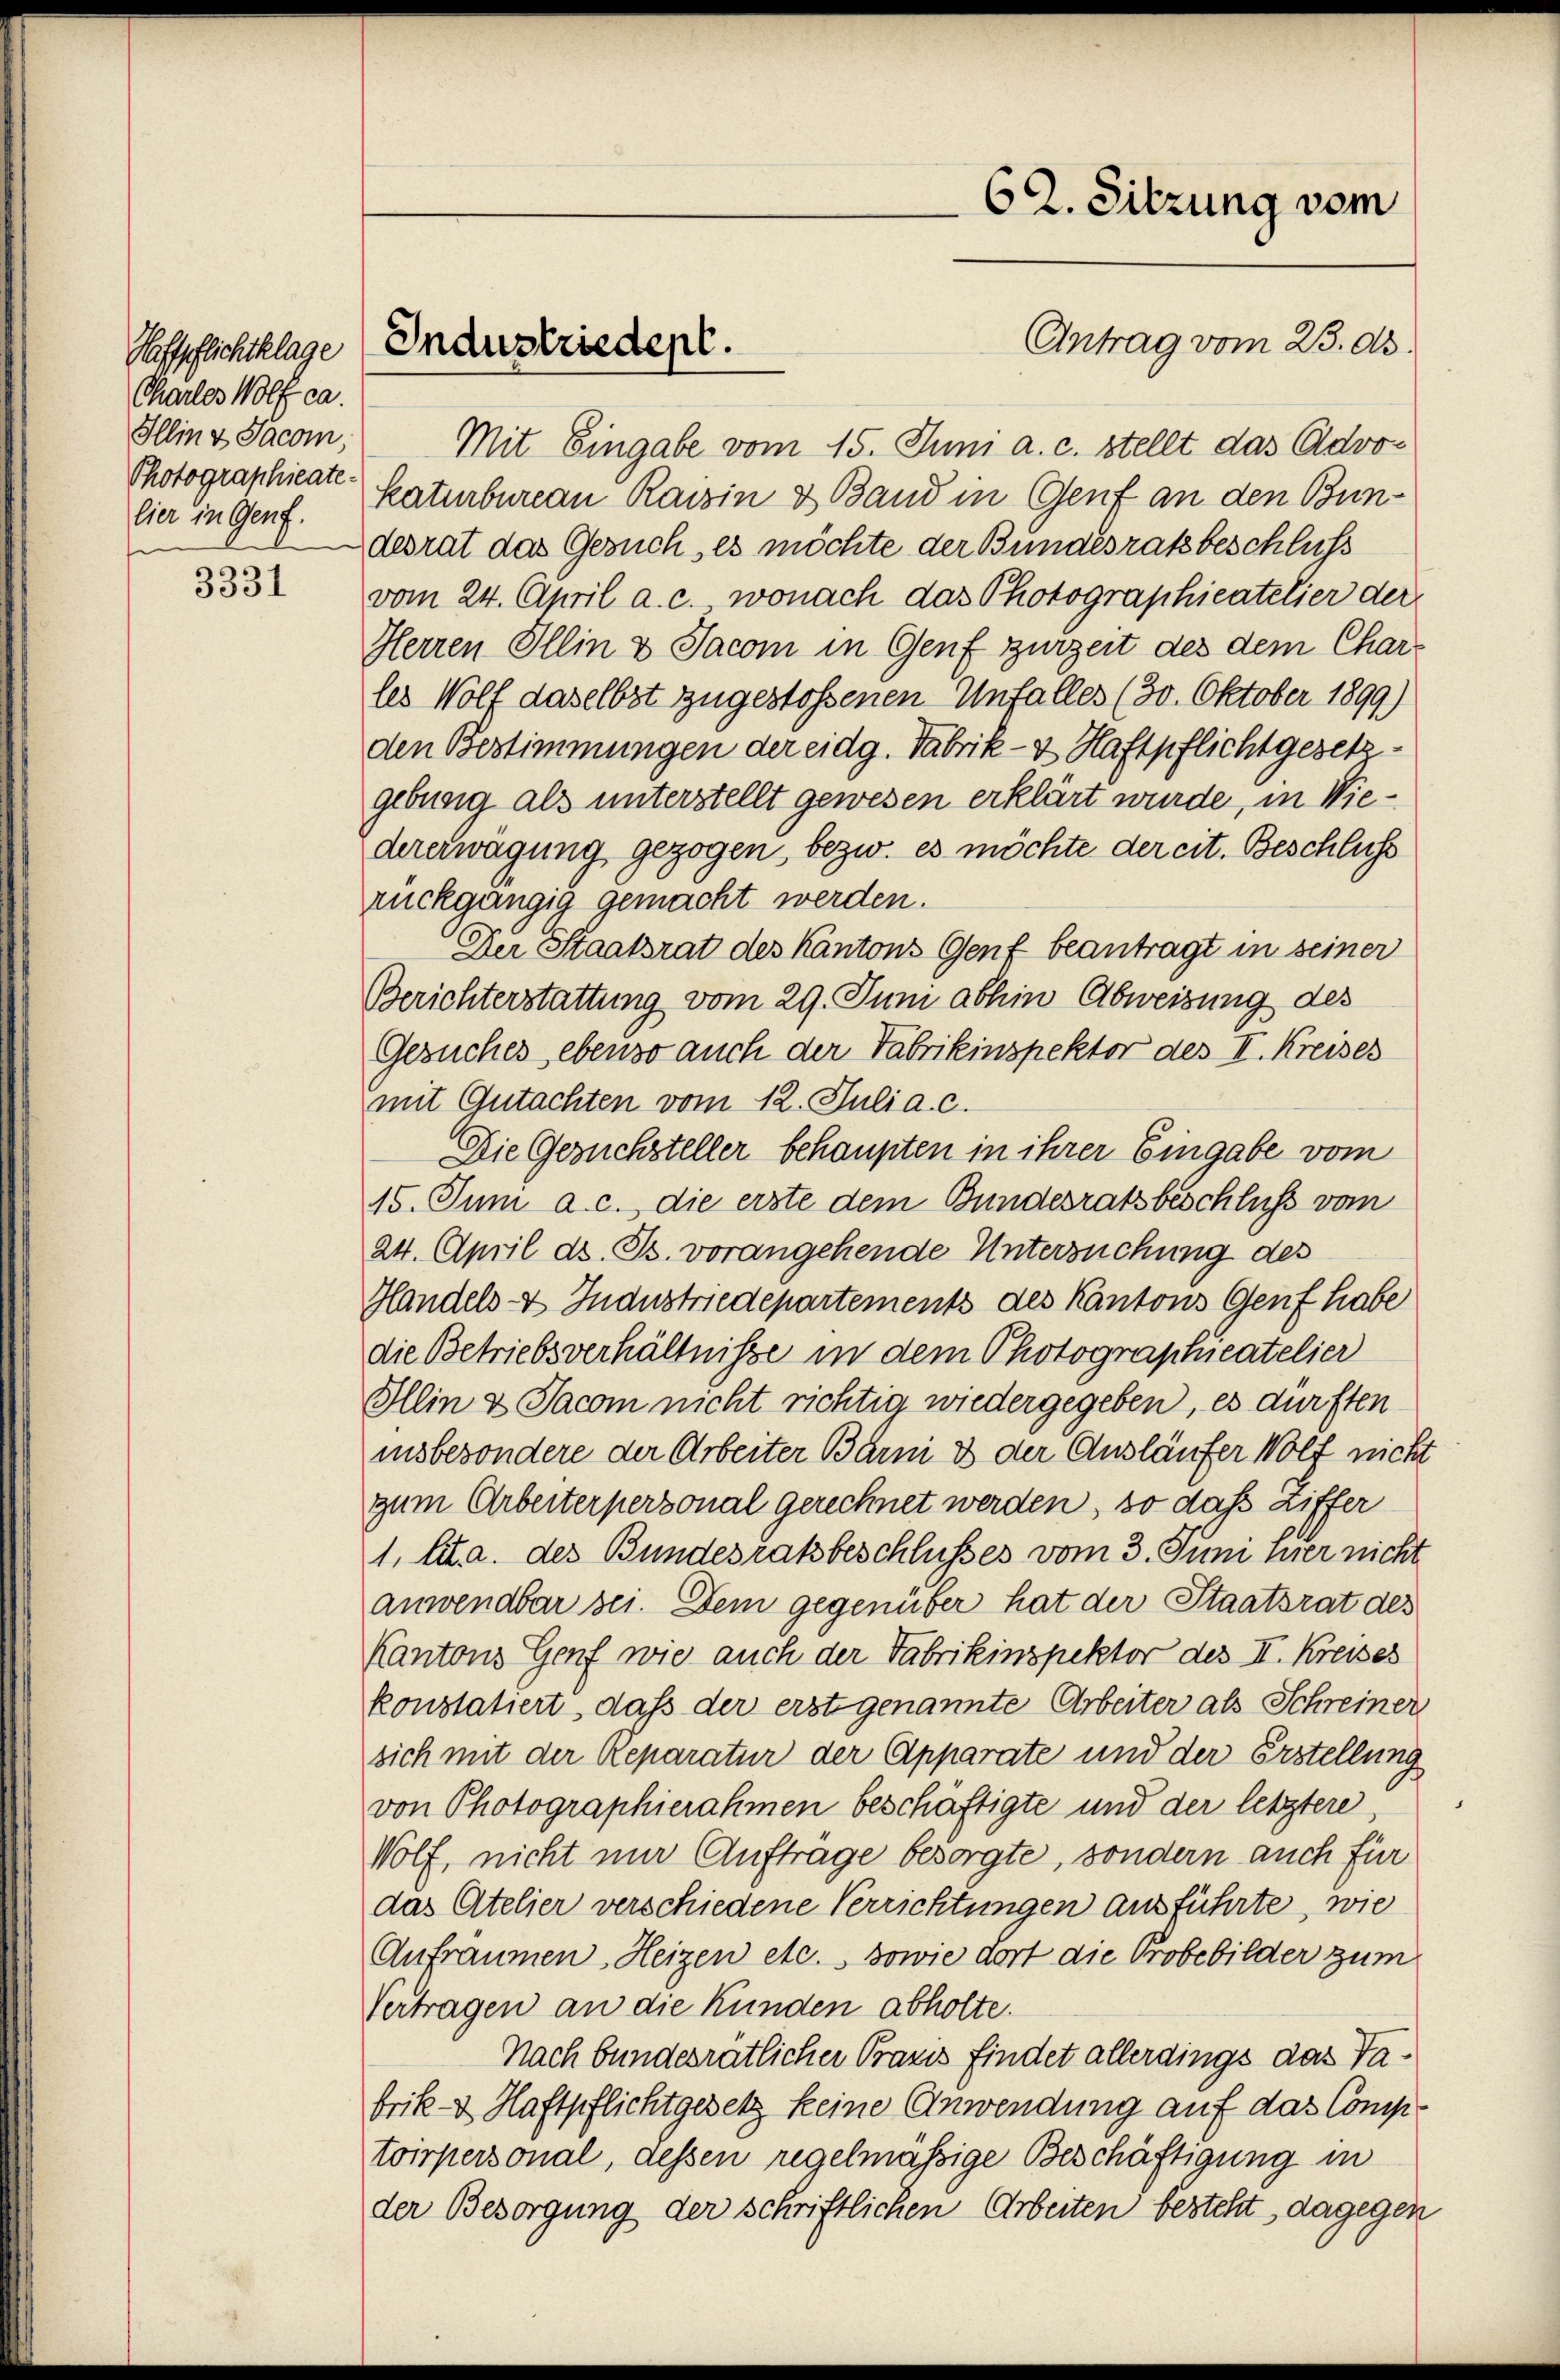
Haftpflichtklage
Chartes Wolf ca.
Illinz Jacom,
Photographieate
lier in Genf.
sn

3331

Industriedept.

Mit Eingabe vom 15. Juni a. c. stellt das Advokaturbureau Raisin & Band in Genf an den Bundesrat das Gesuch, es möchte der Bundesratsbeschluss
vom 24. April a. c. wonach das Photographieatelier der
Herren Illin & Jacom in Genf zurzeit des dem Charles Wolf daselbst zugestossenen Unfalles (30. Oktober 1899)
den Bestimmungen der eidg. Fabrik- & Haftpflicht gesetzgebung als unterstellt gewesen erklärt wurde, in Wiedererwägung gezogen, bezw. es möchte der cit. Beschluss
rückgängig gemacht werden.
Der Staatsrat des Kantons Genf beantragt in seiner
Berichterstattung vom 29. Juni abhin Abweisung des
Gesuches ebenso auch der Fabrikinspektor des I. Kreises
mit Gutachten vom 12. Julia. c.
Die Gesuchsteller behaupten in ihrer Eingabe vom
15. Juni a. c. die erste dem Bundesratsbeschluss vom
24. April d. Js. vorangehende Untersuchung des
Handels- & Industriedepartements des Kantons Genf habe
die Betriebsverhältnisse in dem Photographieatelier
Illin & Jacom nicht richtig wiedergegeben, es dürften
insbesondere der Arbeiter Bärni & der Ausläufer Wolf nicht
zum Arbeiterpersonal gerechnet werden, so daß Ziffer
1. lit. a. des Bundesratsbeschlusses vom 3. Juni hier nicht
anwendbar sei. Dem gegenüber hat der Staatsrat des
Kantons Genf wie auch der Fabrikinspektor des II. Kreises
konstatiert, daß der erst genannte Arbeiter als Schreiner
sich mit der Reparatur der Apparate und der Erstellung
von Photographierahmen beschäftigte und der letztere,
Wolf, nicht nur Auftrage besorgte, sondern auch für
das Atelier verschiedene Verrichtungen ausführte, wie
Aufräumen. Heizen etc. sowie dort die Probebilder zum
Vertragen an die Kunden abholte.
Nach bundesrätlicher Praxis findet allerdings das Tabrik- & Haftpflichtgesetz keine Anwendung auf das Comptoirpersonal, dessen regelmäßige Beschäftigung in
der Besorgung der schriftlichen Arbeiten besteht, dagegen

62. Sitzung vom
Antrag vom 23. dh.